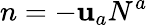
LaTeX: n=-\mathbf{u}_{a}N^{a}